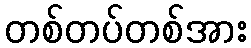
တစ်တပ်တစ်အား